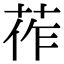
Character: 莋